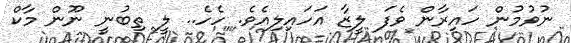
ނުވުމުން ހައިރާން ވެފަ ލީޒާ އަހައިލިއެވެ. ހެހެ.. ލީ ތިބުނީ ނޫން މާކް